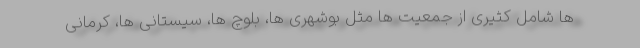
ها شامل کثیری از جمعیت ها مثل بوشهری ها، بلوچ ها، سیستانی ها، کرمانی